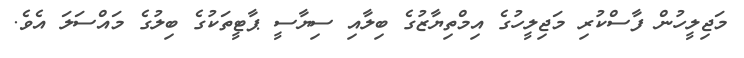
މަޖިލީހުން ފާސްކުރި މަޖިލީހުގެ އިމްތިޔާޒުގެ ބިލާއި ސިޔާސީ ޕާޓީތަކުގެ ބިލުގެ މައްސަލަ އެވެ.